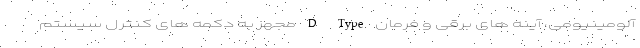
آلومینیومی، آینه های برقی و فرمان D Type مجهز به دکمه های کنترل سیستم